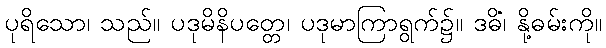
ပုရိသော၊ သည်။ ပဒုမိနိပတ္တေ၊ ပဒုမာကြာရွက်၌။ ဒဓိံ၊ နို့ဓမ်းကို။